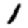
Digit: 1